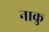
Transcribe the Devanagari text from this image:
नाकु